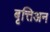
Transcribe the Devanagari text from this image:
बृत्तिअन